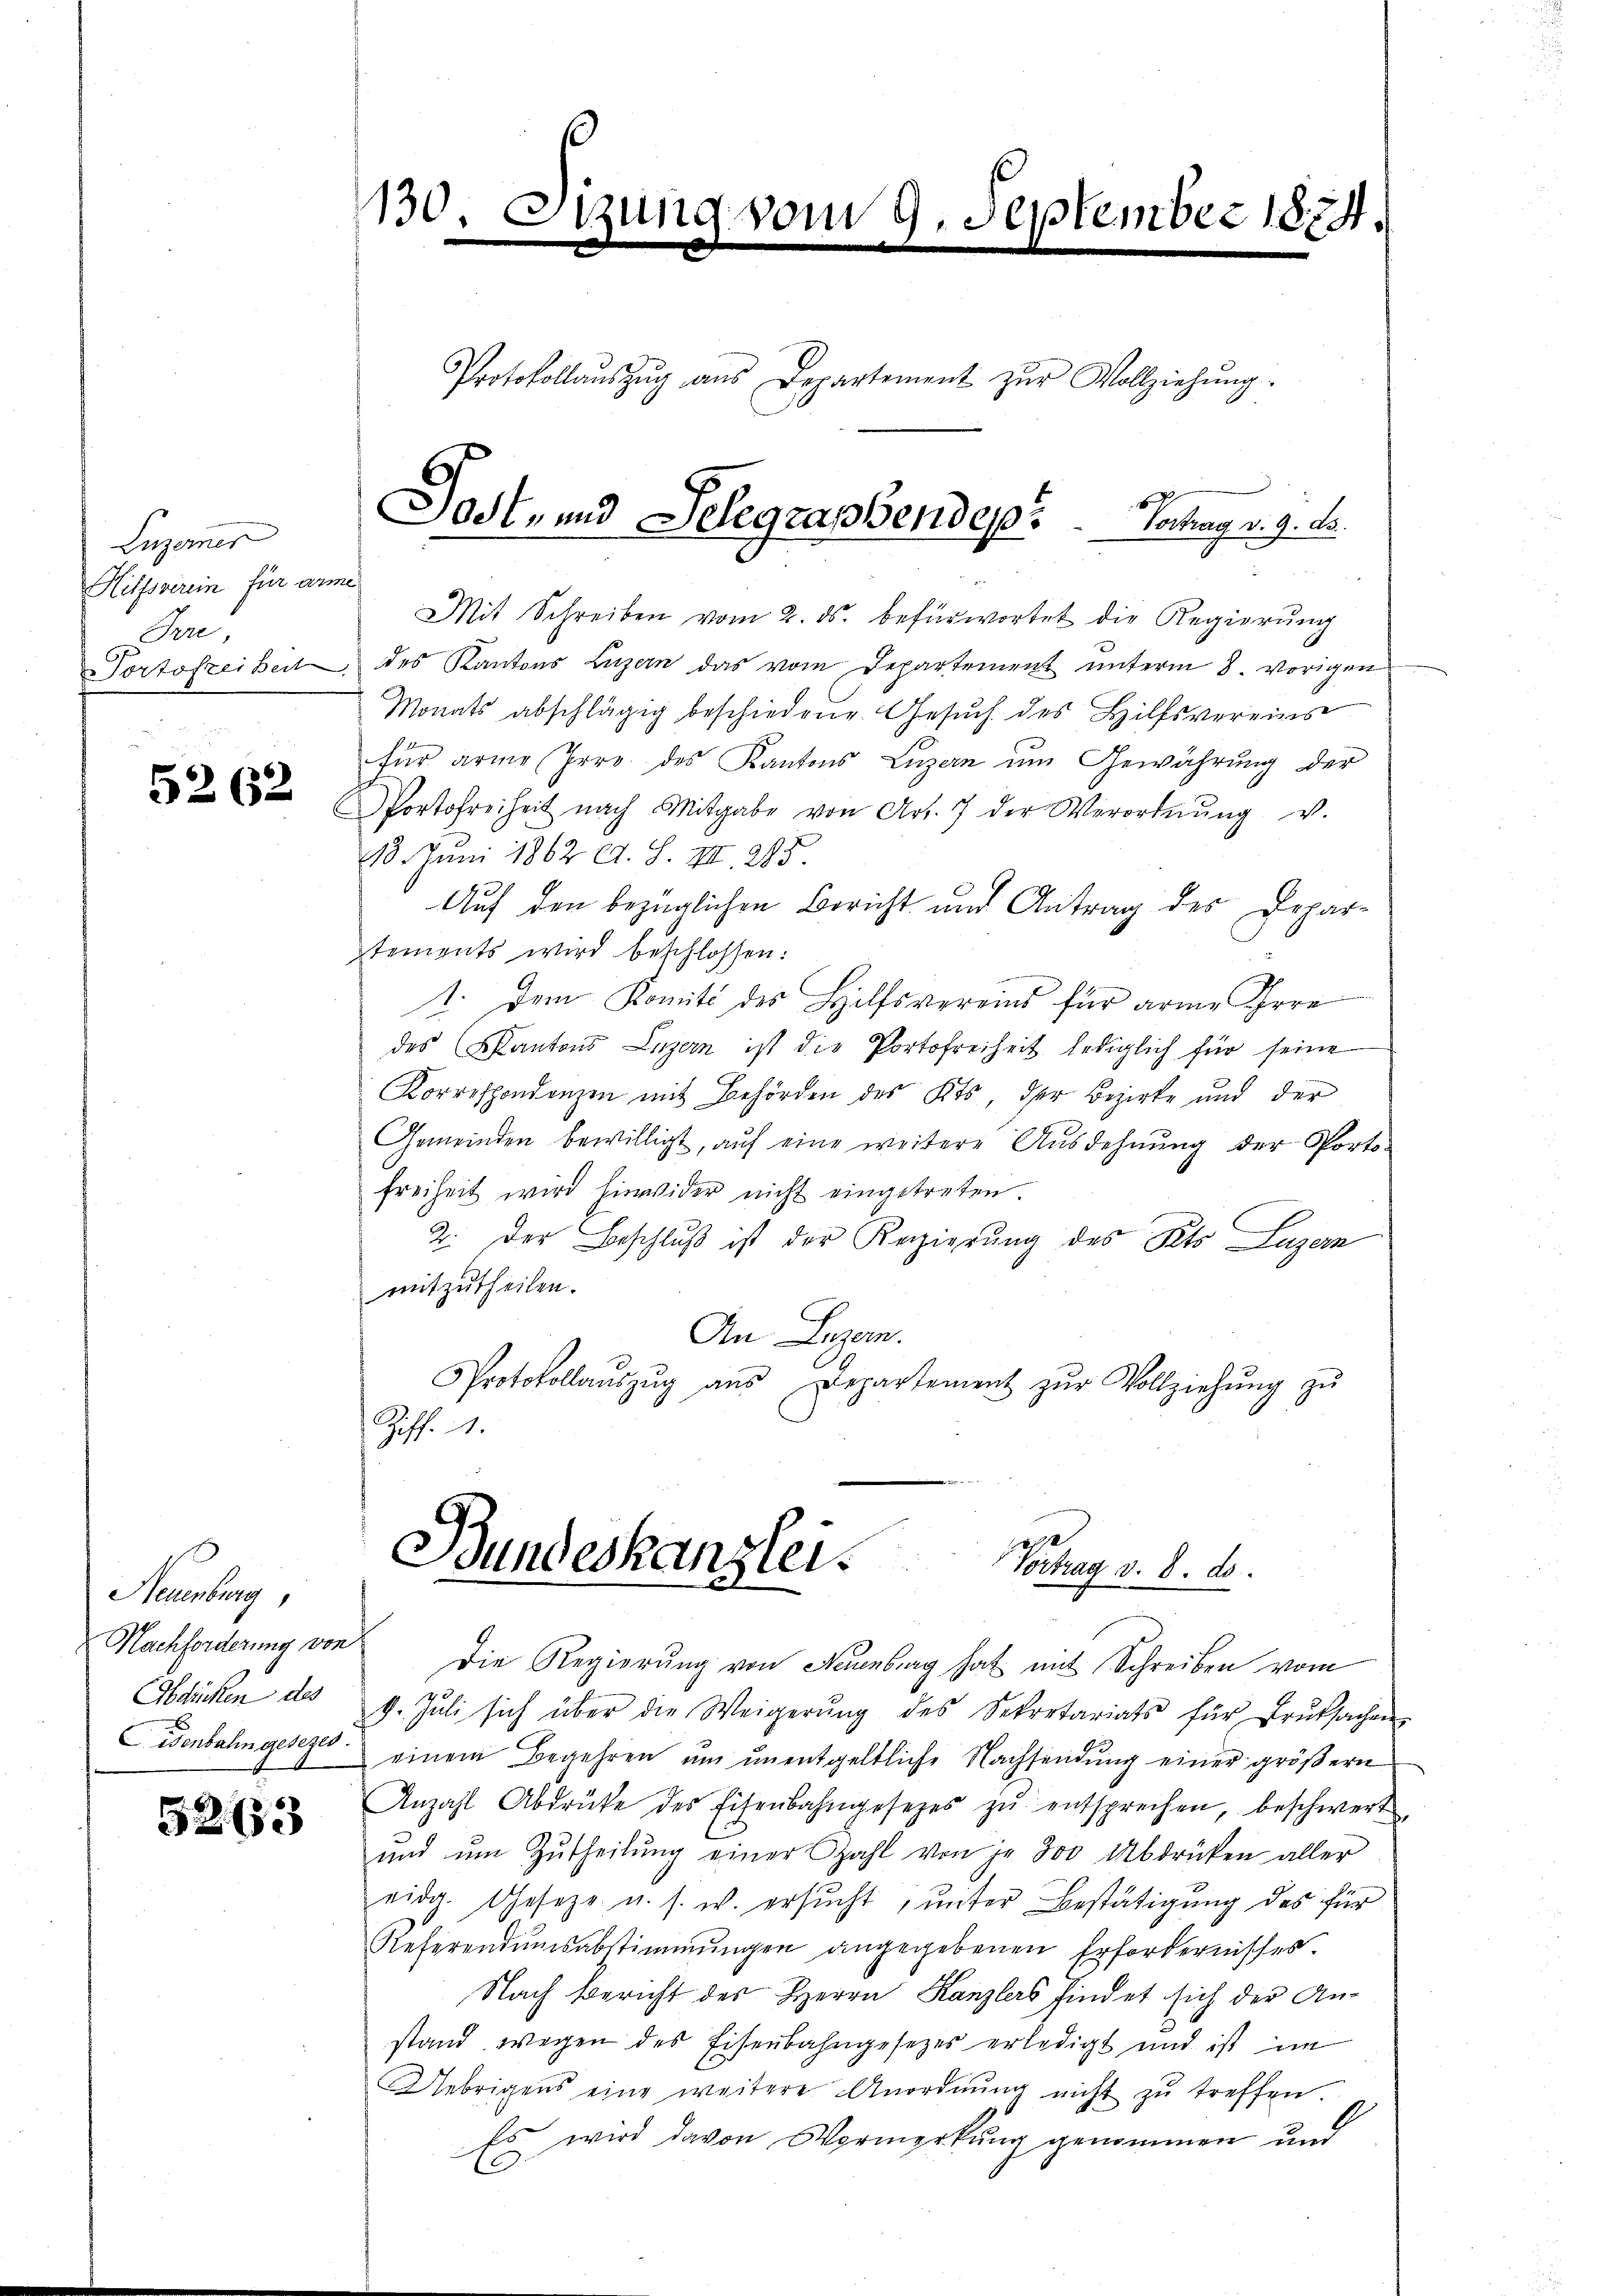
Luzernes
Hilfsverein für arme
Pere,
Portofrei Beit

5262

E

Neuenburg,
Abdrücken des
Eisenbahn gesezes.

5263

130.

gung vom 9. September 1874.

Protokollaŭszŭg aŭs Departement zŭr Vollziehŭng.

Jost- und Selegraphendes ..  .. ..  Vortrag v. 9. Fr.

Mit Schreiben vom 2. ds. befürwortet die Regierŭng
des Kantons Luzern das vom Departement unterm 8. vorigen
Monats abschlägig beschiedene Gesuch des Hilfsvereins
für arme Pero des Kantons Luzern um Gewährung der
Portofreiheit nach Mitgabe von Art. 7 der Verordnŭng v.
18. Juni 1862 d. S. III. 295.
Auf den bezüglichen Bericht und Antrag des Departements wird beschlossen:
1. Dem Komité des Hilfsvereins für arme Irre
des Kantons Luzern ist die Portofreiheit lediglich für seine
Korrespondenzen mit Behörden des Kts. der Bezirke und der
Gemeinden bewilligt, aŭf eine weitere Ausdehnung der Porto-
Freiheit wird hinwider nicht eingetreten
2. Der Beschluß ist der Regierung des Kts. Luzern
mitzutheilen.
An Luzern.
Protokollaŭszŭg aŭs Departement zŭr Vollziehŭng zŭ
Ziff. 1.
Bundeskanzlei.
Vortrag v. 8. ds.
26.
Nachforderung von die Regierung von Neuenburg hat mit Schreiben vom
9. Jŭli sich über die Weigerŭng des Sekretariats für Brŭtsachen
einem Begehren um unentgeltliche Nachsendung einer größern
Anzahl Abdrücke des Eisenbahngesezes zŭ entsprechen, beschwert
ŭnd ŭm Zŭtheilŭng einer zahl von je 300 Abdrücken aller
eida. Geseze u. s. w. ersucht, unter Bestätigung des für
Referendumsabstimmungen angegebenen Erfordernisses.
Nach Bericht des Herrn Kanzlers findet sich der Anstand wegen des Eisenbahngesetzes erledigt und ist im
Uebrigens eine weitere Anordnung nicht zu treffen.
Es wird davon Vormerkung genommen und